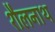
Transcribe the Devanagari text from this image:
शैलनाथ